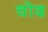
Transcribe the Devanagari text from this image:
चोद